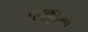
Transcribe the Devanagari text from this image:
प्लक़ुइन्ग